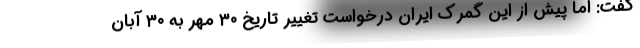
گفت: اما پیش از این گمرک ایران درخواست تغییر تاریخ ۳۰ مهر به ۳۰ آبان